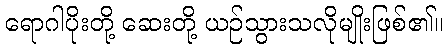
ရောဂါပိုးတို့ ဆေးတို့ ယဉ်သွားသလိုမျိုးဖြစ်၏။